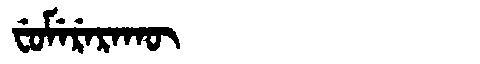
Manchu: ᠸᡠᠮᡝᡵᡝᡵᠠᡴᡡ
Romanization: FUMERERAKŪ